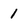
Character: 1